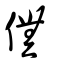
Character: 㒇